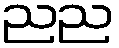
ညည